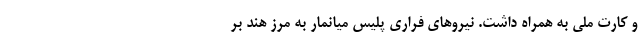
و کارت ملی به همراه داشت. نیروهای فراری پلیس میانمار به مرز هند بر